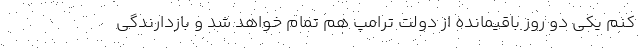
کنم یکی دو روز باقیمانده از دولت ترامپ هم تمام خواهد شد و بازدارندگی